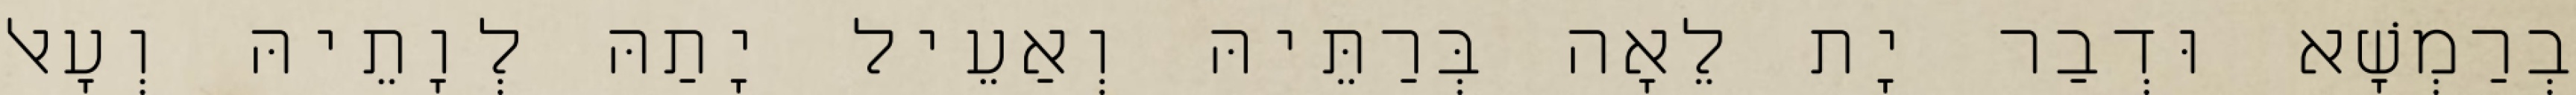
בְרַמְשָׁא וּדְבַר יָת לֵאָה בְּרַתֵּיהּ וְאַעֵיל יָתַהּ לְוָתֵיהּ וְעָאל